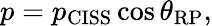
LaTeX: p=p_{\mathrm{CISS}}\cos{\theta_{\mathrm{RP}}},